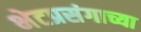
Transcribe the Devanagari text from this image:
भेटप्रसंगाच्या